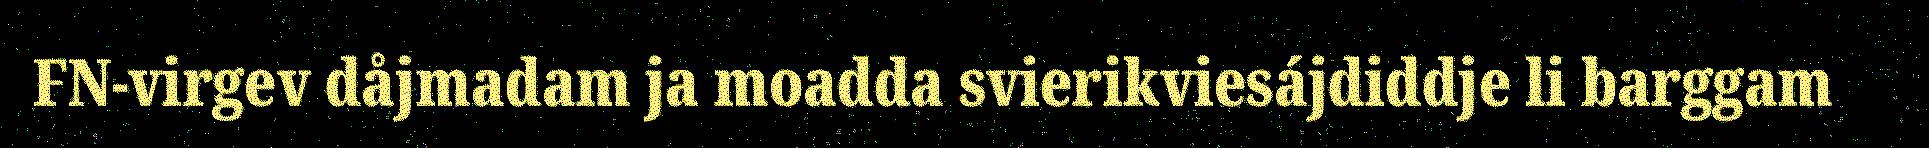
FN-virgev dåjmadam ja moadda svierikviesájdiddje li barggam